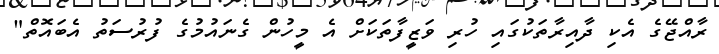
ރާއްޖޭގެ އެކި ދާއިރާތަކުގައި ހުރި ވަޒީފާތަކަށް އެ މީހުން ގެނައުމުގެ ފުރުސަތު އެބައޮތް"